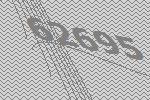
62695